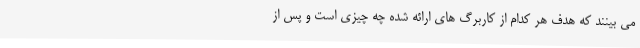
می بینند که هدف هر کدام از کاربرگ های ارائه شده چه چیزی است و پس از